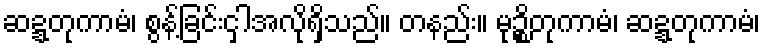
ဆဍ္ဍတုကာမံ၊ စွန့်ခြင်းငှါအလိုရှိသည်။ တနည်း။ မုဉ္စိတုကာမံ၊ ဆဍ္ဍတုကာမံ၊